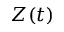
Z ( t )